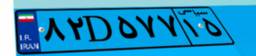
۶۷D۵۹۸۶۷